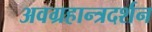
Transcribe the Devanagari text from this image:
अवग्रहान्त्रदर्शन